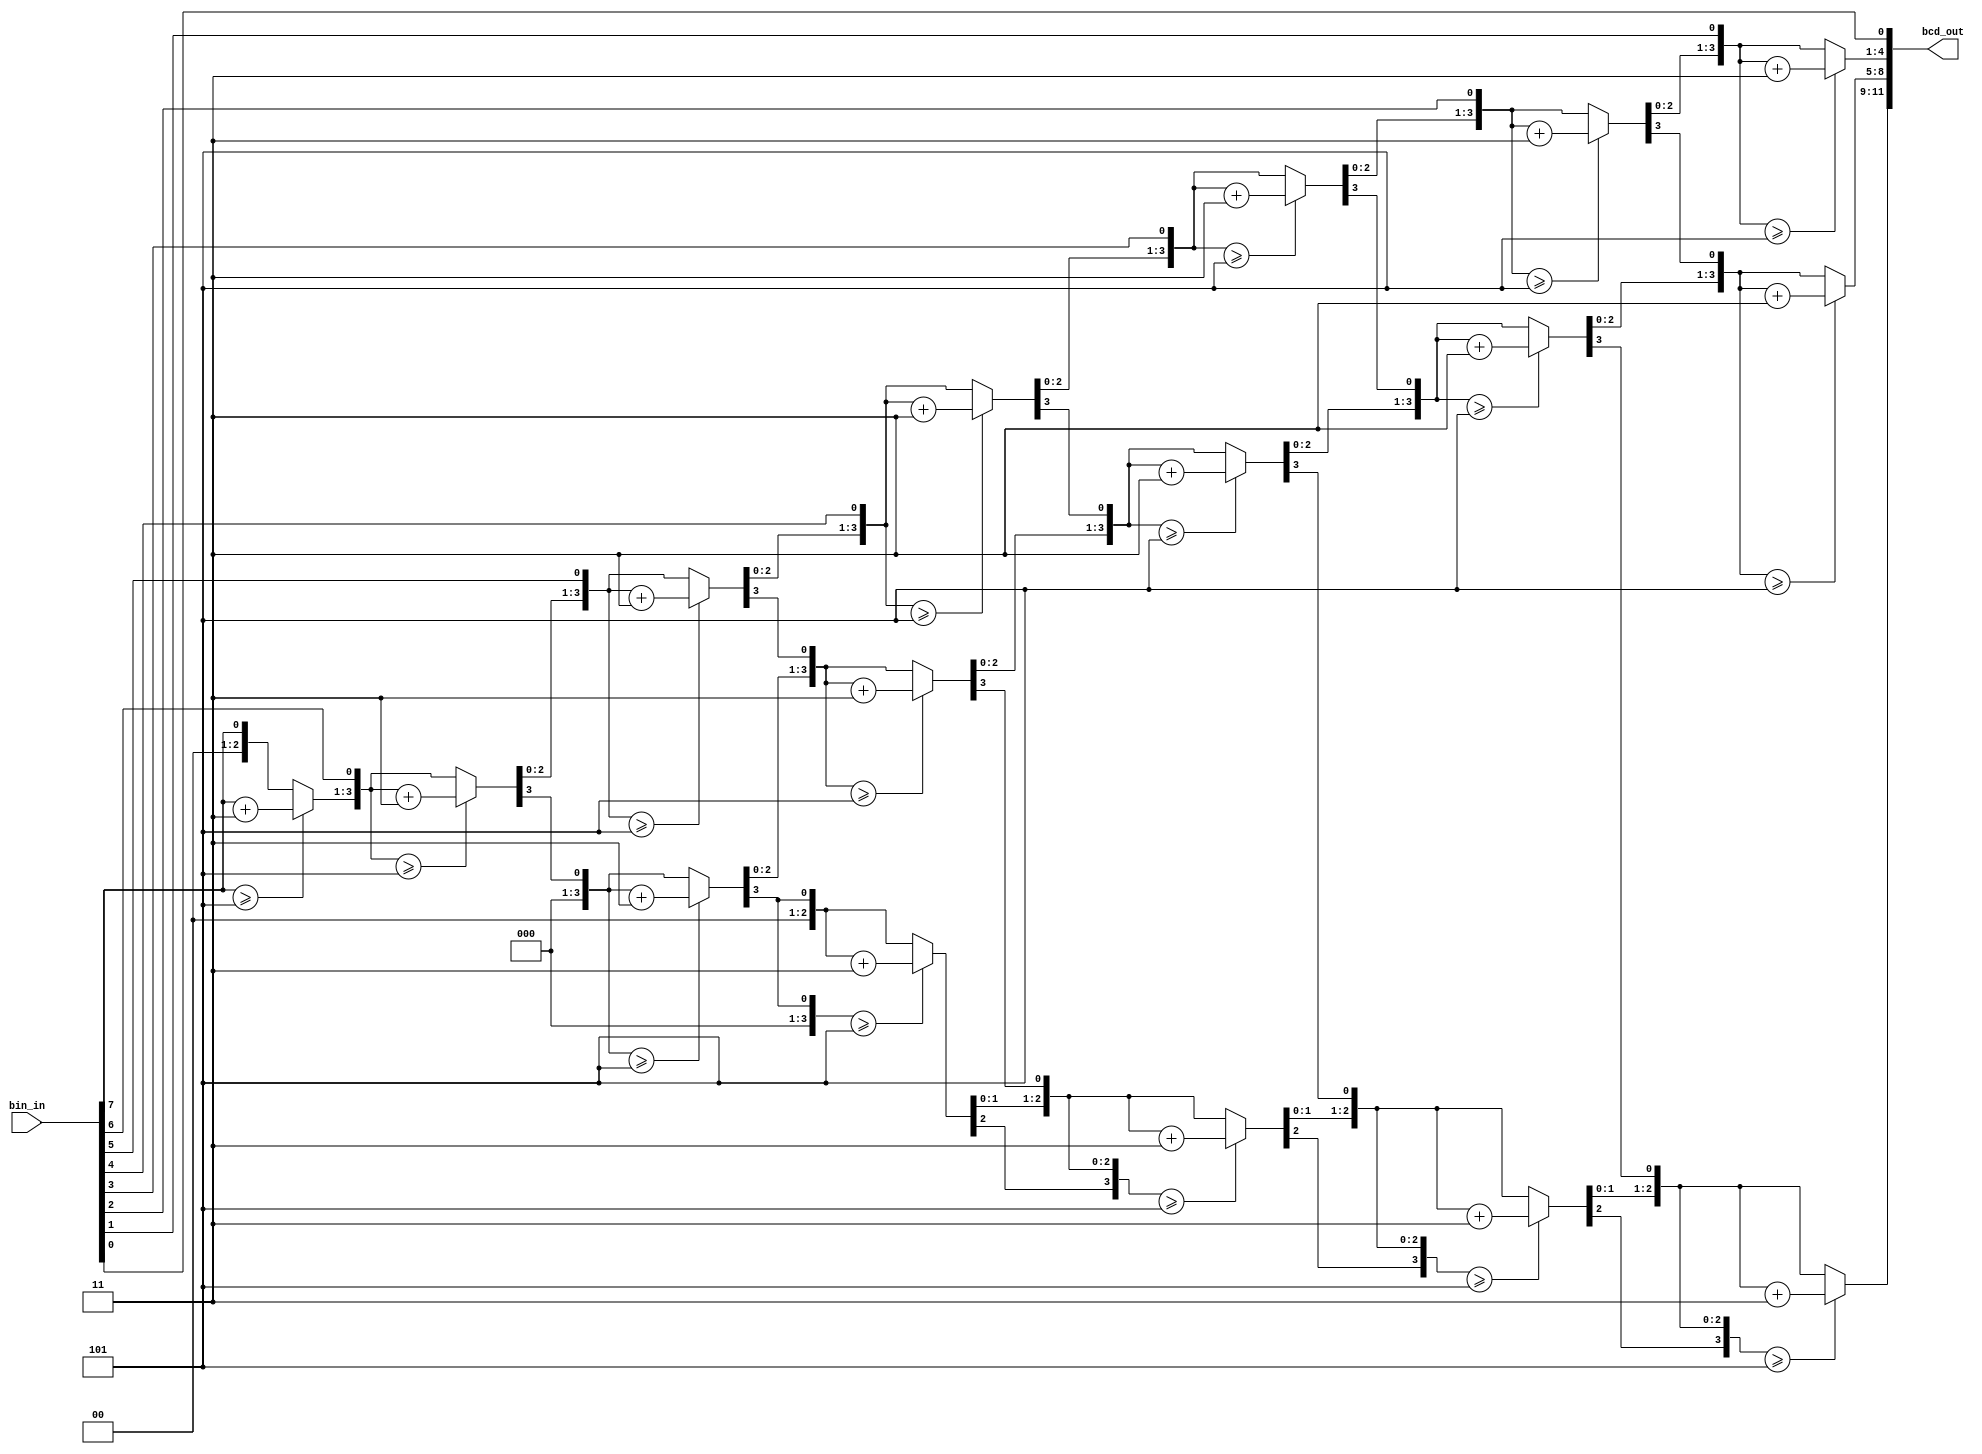
/*
	inputbin_in
	outputBCDbcd_out
	functionBCD
*/

module bin2bcd(
	input	[7:0]	bin_in,   // 8
	output	[11:0]	bcd_out   // 12BCD
);

	reg [3:0] ones;   // BCD
	reg [3:0] tens;   // BCD
	reg [3:0] hundreds;   // BCD
	integer i;   // 

	always @(*) 
	begin
		ones = 4'd0;   // BCD
		tens = 4'd0;   // BCD
		hundreds = 4'd0;   // BCD
		
		for(i = 7; i >= 0; i = i - 1)   // 
		begin
			if (ones >= 4'd5) 		ones = ones + 4'd3;   // 
			if (tens >= 4'd5) 		tens = tens + 4'd3;   // 
			if (hundreds >= 4'd5)	hundreds = hundreds + 4'd3;   // 
			hundreds = {hundreds[2:0],tens[3]};   // BCD
			tens = {tens[2:0],ones[3]};   // BCD
			ones = {ones[2:0],bin_in[i]};   // BCD
		end
	end
	
	assign bcd_out = {hundreds, tens, ones};   // BCD12BCD

endmodule